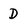
Character: D